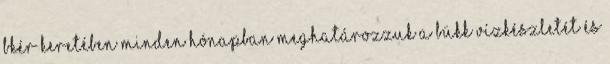
BKÉR keretében minden hónapban meghatározzuk a Bükk vízkészletét és